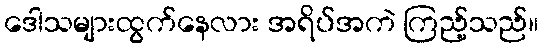
ဒေါသများထွက်နေလား အရိပ်အကဲ ကြည့်သည်။